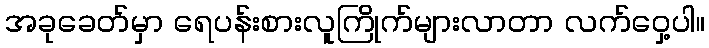
အခုခေတ်မှာ ရေပန်းစားလူကြိုက်များလာတာ လက်ဝှေ့ပါ။